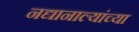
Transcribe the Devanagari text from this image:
नद्यानाल्यांच्या